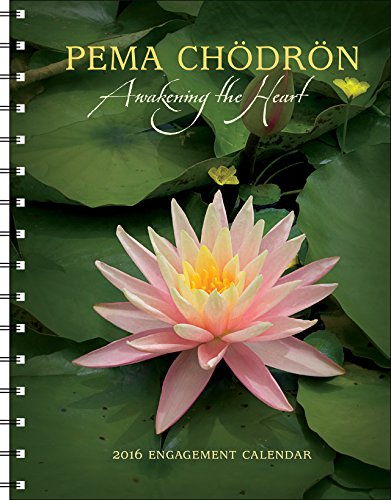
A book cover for Pema Chodron 2016 Engagement Datebook Calendar; Pema Chodron; Religion & Spirituality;